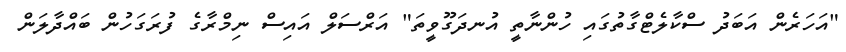
"އަހަރެން އަބަދު ސްކާލެޓްގާތުގައި ހުންނާތީ އުނދަގޫވީތަ" އަރްސަލް އައިސް ނިމްރާގެ ފުރަގަހުން ބައްދާލަން